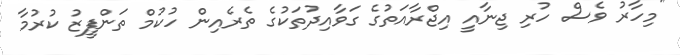
"މިހާރު ވެސް ހުރި ޖިނާއީ އިޖްރާއަތުގެ ގަވާއިދުތަކުގެ ތެރެއިން ހުކުމް ތަންފީޒު ކުރުމާ